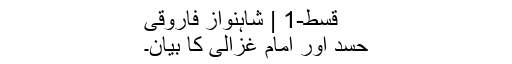
قسط-1 | شاہنواز فاروقی
حسد اور امام غزالیؒ کا بیان۔